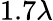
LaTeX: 1.7\lambda